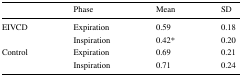
<table><thead><tr><td></td><td><b>Phase</b></td><td><b>Mean</b></td><td><b>SD</b></td></tr></thead><tbody><tr><td rowspan="2">EIVCD</td><td>Expiration</td><td>0.59</td><td>0.18</td></tr><tr><td>Inspiration</td><td>0.42*</td><td>0.20</td></tr><tr><td rowspan="2">Control</td><td>Expiration</td><td>0.69</td><td>0.21</td></tr><tr><td>Inspiration</td><td>0.71</td><td>0.24</td></tr></tbody></table>